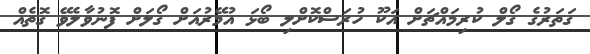
ގަތަރުގެ ގޯލް ކުރިމައްޗަށް އަކޫ ހުރަސްކޮށްލި ބޯޅަ އުމޭރުއަށް ގޯލަށް ފޮނުވާލެވޭ ގޮތެއް